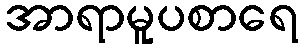
အာရာမူပစာရေ